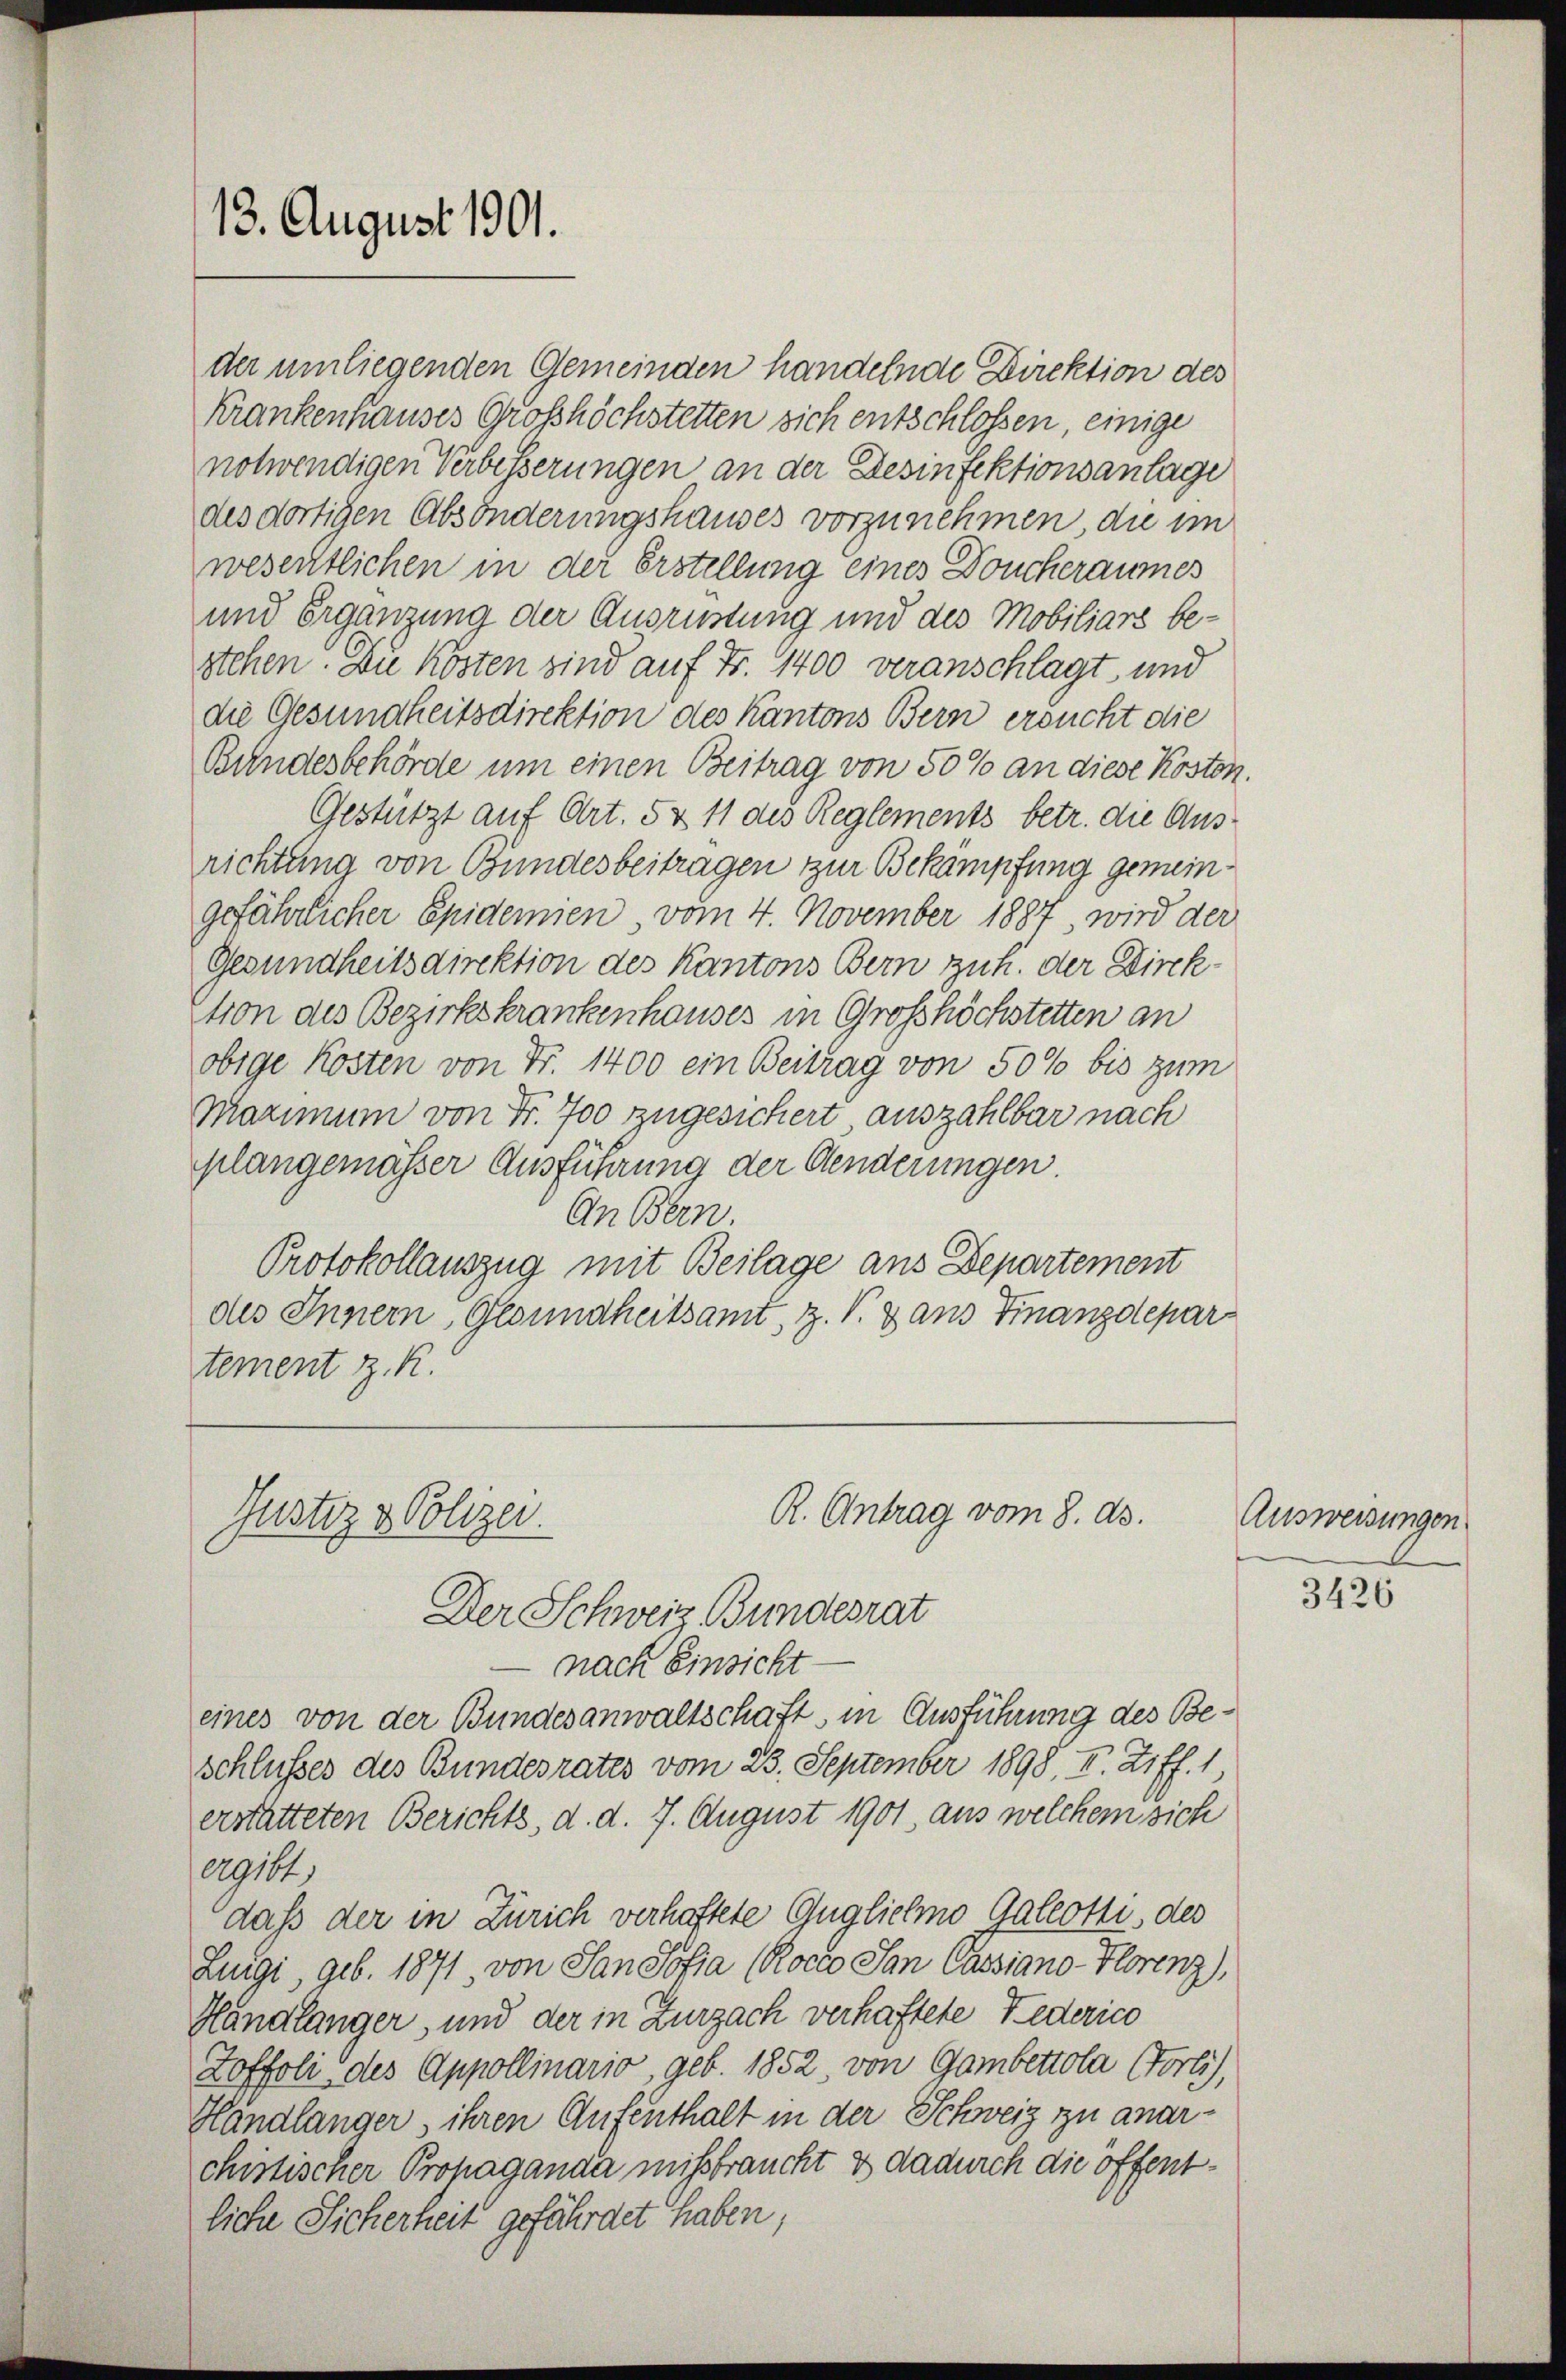
13. August 1901.

Krankenhauses Grosshöchstetten sich entschlossen, einige
notwendigen Verbesserungen an der Desinfektionsanlage
des dortigen Absönderungshauses vorzunehmen, die im
wesentlichen in der Erstellung eines Doucheraumes
und Ergänzung der Ausrüstung und des Mobiliars be-
stehen. Du kosten sind auf Fr. 1400 veranschlagt, und
die Gesundheitsdirektion des Kantons Bern ersucht die
Bundesbehörde um einen Beitrag von 50% an diese Kosten.
Gestützt auf Art. 5 & 11 des Reglements betr. die Ausrichtung von Bundesbeitragen zur Bekämpfung gemeingefährlicher Epidemien, vom 4. November 1887 wird der
Gesundheitsdirektion des Kantons Bern zuh. der Direkktion des Bezirkskrankenhauses in Grosshöchstetten an
obige Kosten von Fr. 1400 ein Beitrag von 50% bis zum
Maximum von Fr. 700 zugesichert auszahlbar nach
plangemäßer Ausführung der Aenderungen.
An Bern
Protokollauszug mit Beilage aus Departement
des Innern, Gesundheitsamt, z. V. Dans Finanzdepar
tement z. R.

Justiz & Polizei.

der umliegenden Gemeinden handelnde Direktion des

R. Antrag vom 8. ds.

Der Schweiz. Bundesrat
nach Einsicht
eines von der Bundesanwaltschaft in Ausführung des Beschlusses des Bundesrates vom 23. September 1898. II. Ziff. 1
erstatteten Berichts, d. d. 7. August 1901, aus welchem sich
eg114)
dass der in Zürich verhaftete Gugliehmo Gallotti, des
Lingi, geb. 1871, von San Sofia (Rocco San Cassiano-Florenz),
Handlänger, und der in Zurzach verhaftete Federico
Zoffoli des Appollinario, geb. 1852, von Gambettola Porti),
Handlänger, ihren Aufenthalt in der Schweiz zu anarchistischer Prohaganda missbraucht & dadurch die öffentliche Sicherheit gefährdet haben,

Ausweisungen.

3426